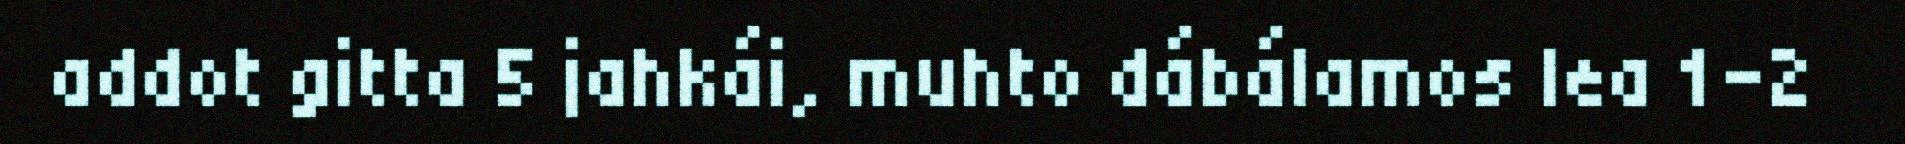
addot gitta 5 jahkái, muhto dábálamos lea 1-2